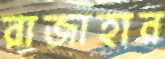
রাজাহার